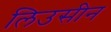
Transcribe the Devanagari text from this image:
लिउसीन